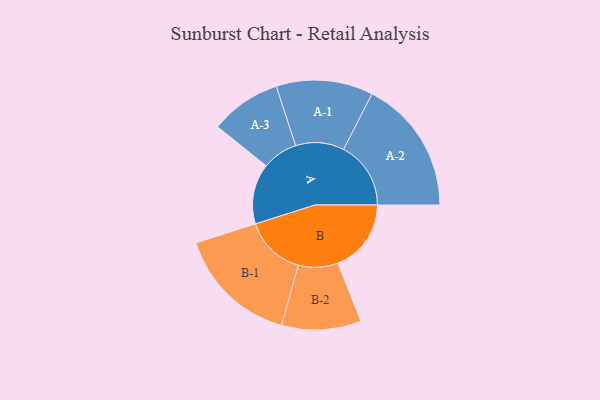
{"axis": {"x": "Segment", "y": "Value"}, "legend": ["", "A", "B"], "data": [{"x": "A", "y": 262, "type": ""}, {"x": "B", "y": 318, "type": ""}, {"x": "A-1", "y": 210, "type": "A"}, {"x": "A-2", "y": 292, "type": "A"}, {"x": "A-3", "y": 154, "type": "A"}, {"x": "B-1", "y": 264, "type": "B"}, {"x": "B-2", "y": 172, "type": "B"}]}